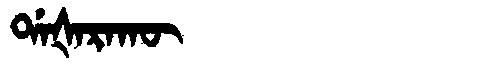
Manchu: ᡩᠠᡧᠠᡵᠠᡴᡡ
Romanization: DAŠARAKŪ